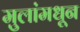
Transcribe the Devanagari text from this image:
मुलांमधून